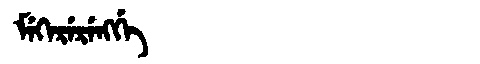
Manchu: ᠮᡝᡴᡝᡵᡝᡵᡝᠩᡤᡝ
Romanization: MEKERERENGGE